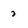
Character: 2